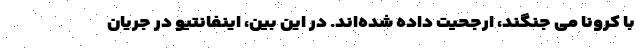
با کرونا می جنگند، ارجحیت داده شده‌اند. در این بین، اینفانتیو در جریان